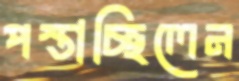
পস্তাচ্ছিলেন